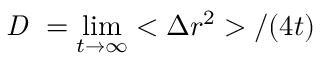
\textit { D } = \operatorname* { l i m } _ { t \to \infty } < \Delta r ^ { 2 } > / ( 4 t )